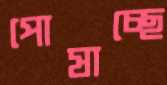
পোষাচ্ছে